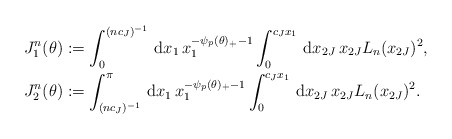
\begin{align*}&J_{1}^{n}(\theta):=\int_{0}^{(nc_{J})^{-1}}\,\mathrm{d}x_{1}\,x_{1}^{-\psi_{p}(\theta)_{+}-1}\int_{0}^{c_{J}x_{1}}\,\mathrm{d}x_{2J}\,x_{2J}L_{n}(x_{2J})^{2},\\&J_{2}^{n}(\theta):=\int_{(nc_{J})^{-1}}^{\pi}\,\mathrm{d}x_{1}\,x_{1}^{-\psi_{p}(\theta)_{+}-1}\int_{0}^{c_{J}x_{1}}\,\mathrm{d}x_{2J}\,x_{2J}L_{n}(x_{2J})^{2}.\end{align*}